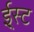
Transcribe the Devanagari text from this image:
ई्स्ट